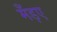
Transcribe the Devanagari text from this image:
मँड़ए